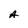
Character: A